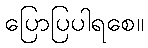
ပြောပြပါရစေ။